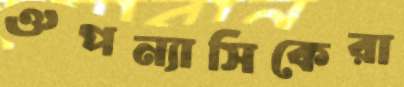
ঔপন্যাসিকেরা